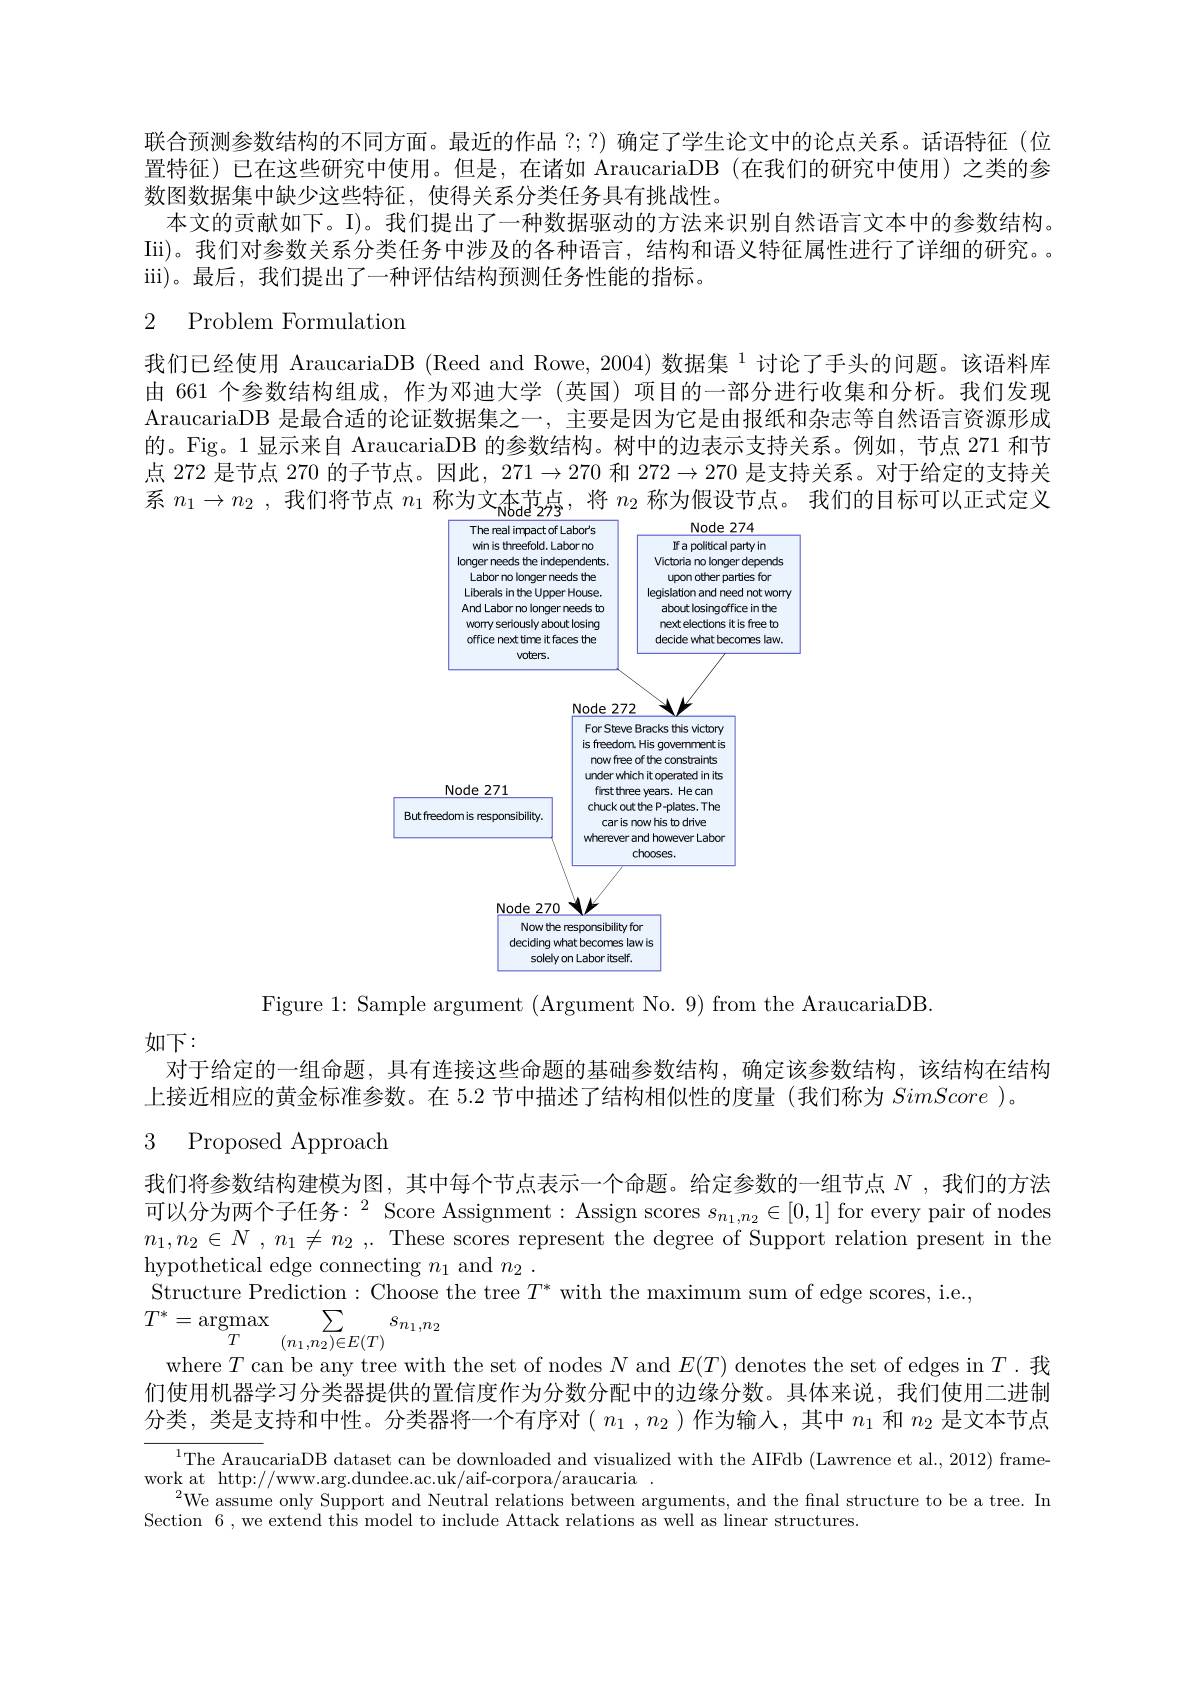
联合预测参数结构的不同方面。最近的作品？;?)确定了学生论文中的论点关系。话语特征(位置特征)已在这些研究中使用。但是，在诸如 AraucariaDB (在我们的研究中使用)之类的参数图数据集中缺少这些特征，使得关系分类任务具有挑战性。
本文的贡献如下。I)。我们提出了一种数据驱动的方法来识别自然语言文本中的参数结构。Iii)。我们对参数关系分类任务中涉及的各种语言，结构和语义特征属性进行了详细的研究。iii)。最后，我们提出了一种评估结构预测任务性能的指标。

## 2 Problem Formulation

我们已经使用 AraucariaDB (Reed and Rowe, 2004) 数据集 $^{1}$讨论了手头的问题。该语料库由 661 个参数结构组成，作为邓迪大学 (英国) 项目的一部分进行收集和分析。我们发现AraucariaDB 是最合适的论证数据集之一 , 主要是因为它是由报纸和杂志等自然语言资源形成的。Fig。1 显示来自 AraucariaDB 的参数结构。树中的边表示支持关系。例如，节点 271 和节点 272 是节点 270 的子节点。因此，$271\to270$和$272\to270$是支持关系。对于给定的支持关系$n_1\to n_2$ ,我们将节点$n_1$称为文杰范点，将$n_2$称为假设节点。我们的目标可以正式定义

<FigureHere>

Figure 1: Sample argument (Argument No. 9) from the AraucariaDB.

如下：
对于给定的一组命题，具有连接这些命题的基础参数结构，确定该参数结构，该结构在结构
上接近相应的黄金标准参数。在 5.2 节中描述了结构相似性的度量 (我们称为SimScore )。
3 Proposed Approach

我们将参数结构建模为图，其中每个节点表示一个命题。给定参数的一组节点$N$ ,我们的方法可以分为两个子任务：$^2$ Score Assignment: Assign scores $s_n_1,n_2\in[0,1]$ for every pair of nodes $n_1,n_2\in N$ ,$n_1\neq n_2$ ,.These scores represent the degree of Support relation present in the hypothetical edge connecting $n_1$ and $n_2.$
Structure Prediction: Choose the tree $T^*$ with the maximum sum of edge scores, i.e.,
$$T^{*}=\operatorname{argmax}\sum_{\begin{array}{cc}T&(n_1,n_2)\in E(T)\\\end{array}}s_{n_1,n_2}$$
where $T$ can be any tree with the set of nodes $N$ and $E(T)$ denotes the set of edges in $T$ .我们使用机器学习分类器提供的置信度作为分数分配中的边缘分数。具体来说，我们使用二进制分类，类是支持和中性。分类器将一个有序对( $n_1,n_2)$作为输入，其中$n_1$和$n_2$是文本节点

$^{1}$The AraucariaDB dataset can be downloaded and visualized with the AIFdb (Lawrence et al., 2012) frame-
work at http://www.arg.dundee.ac.uk/aif-corpora/araucaria.
$^{2}$We assume only Support and Neutral relations between arguments, and the fnal structure to be a tree. In
Section 6 , we extend this model to include Attack relations as well as linear structures